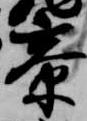
寮